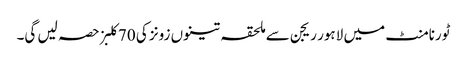
ٹورنامنٹ میں لاہور ریجن سے ملحقہ تینوں زونز کی 70کلبز حصہ لیں گی۔